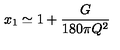
x _ { 1 } \simeq 1 + { \frac { G } { 1 8 0 \pi Q ^ { 2 } } }